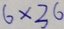
6 \times 3 6